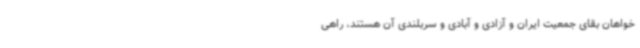
خواهان بقای جمعیت ایران و آزادی و آبادی و سربلندی آن هستند، راهی